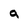
Character: a